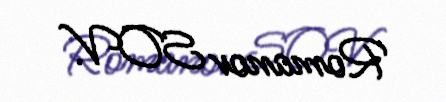
Romanov SOV.